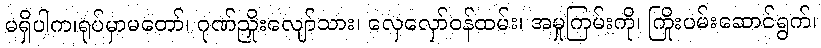
မရှိပါက၊ရုပ်မှာမတော်၊ ဂုဏ်ညှိုးလျော်သား၊ လှေလှော်ဝန်ထမ်း၊ အမှုကြမ်းကို၊ ကြိုးပမ်းဆောင်ရွက်၊